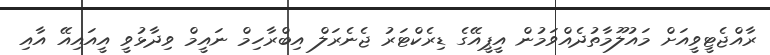
ރާއްޖެޓީވީއަށް މައުލޫމާތުދެއްވަމުން އީޕީއޭގެ ޑިރެކްޓަރު ޖެނެރަލް އިބްރާހިމް ނައީމް ވިދާޅުވީ އީއައިއޭ އާއި